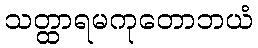
သတ္ထာရမကုတောဘယံ